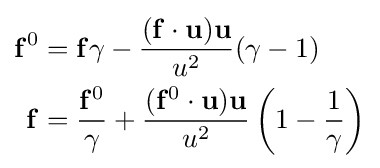
{\begin{aligned}\mathbf {f} ^{0}&=\mathbf {f} \gamma -{\frac {(\mathbf {f} \cdot \mathbf {u} )\mathbf {u} }{u^{2}}}(\gamma -1)\\\mathbf {f} &={\frac {\mathbf {f} ^{0}}{\gamma }}+{\frac {(\mathbf {f} ^{0}\cdot \mathbf {u} )\mathbf {u} }{u^{2}}}\left(1-{\frac {1}{\gamma }}\right)\end{aligned}}